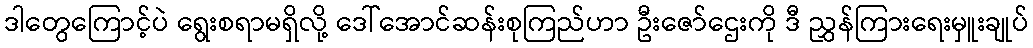
ဒါတွေကြောင့်ပဲ ရွေးစရာမရှိလို့ ဒေါ်အောင်ဆန်းစုကြည်ဟာ ဦးဇော်ဌေးကို ဒီ ညွှန်ကြားရေးမှူးချုပ်